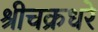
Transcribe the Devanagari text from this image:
श्रीचक्रधरे